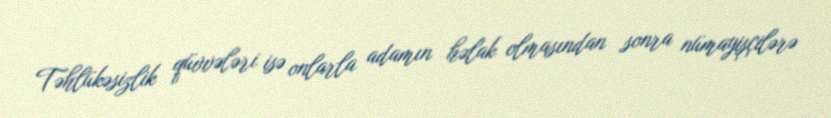
Təhlükəsizlik qüvvələri isə onlarla adamın həlak olmasından sonra nümayişçilərə